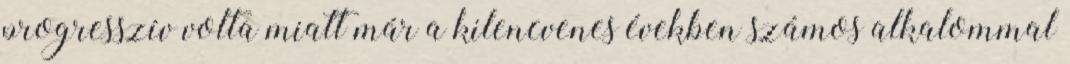
progresszív volta miatt már a kilencvenes években számos alkalommal